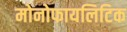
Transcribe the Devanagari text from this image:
मोनोफायलिटिक